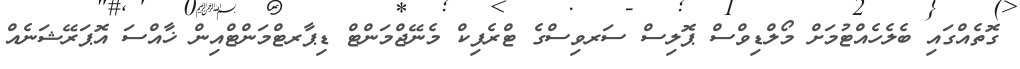
ގޮތެއްގައި ބެލެހެއްޓުމަށް މޯލްޑިވްސް ޕޮލިސް ސަރވިސްގެ ޓްރެފިކް މެނޭޖްމަންޓް ޑިޕާރޓްމަންޓްއިން ޚާއްސަ އޮޕަރޭޝަނެއް